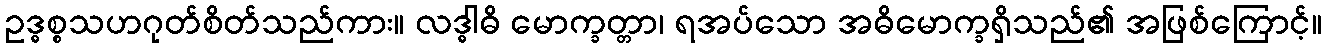
ဥဒ္ဓစ္စသဟဂုတ်စိတ်သည်ကား။ လဒ္ဓါဓိ မောက္ခတ္တာ၊ ရအပ်သော အဓိမောက္ခရှိသည်၏ အဖြစ်ကြောင့်။